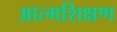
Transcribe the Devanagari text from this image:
आत्मशिक्षण